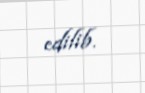
edilib.